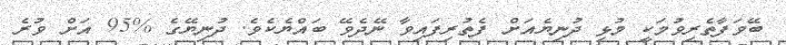
ބޭވަފާތެރިވުމަކީ މުޅި ދުނިޔެއަށް ފެތުރިފައިވާ ނޭދެވޭ ބައްޔެކެވެ. ދުނިޔޭގެ %95 އަށް ވުރެ